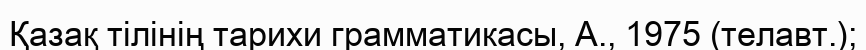
Қазақ тілінің тарихи грамматикасы, А., 1975 (телавт.);